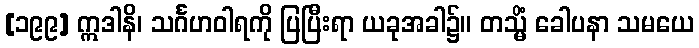
[၁၉၉] ဣဒါနိ၊ သင်္ဂဟဝါရကို ပြပြီးရာ ယခုအခါ၌။ တသ္မိံ ခေါပနာ သမယေ